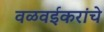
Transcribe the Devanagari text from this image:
वळवईकरांचे